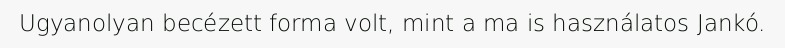
Ugyanolyan becézett forma volt, mint a ma is használatos Jankó.